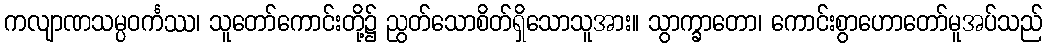
ကလျာဏသမ္ပဝင်္ကဿ၊ သူတော်ကောင်းတို့၌ ညွတ်သောစိတ်ရှိသောသူအား။ သွာက္ခာတော၊ ကောင်းစွာဟောတော်မူအပ်သည်